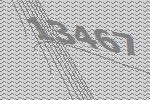
13467